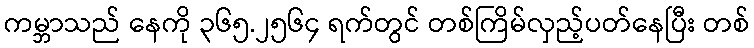
ကမ္ဘာသည် နေကို ၃၆၅.၂၅၆၄ ရက်တွင် တစ်ကြိမ်လှည့်ပတ်နေပြီး တစ်